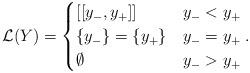
LaTeX: \begin{align*}\mathcal{L}(Y)=\begin{cases}[[y_-, y_+]]& y_- < y_+ \\\{y_-\} = \{y_+\}& y_- = y_+ \\\emptyset& y_- > y_+\end{cases}.\end{align*}